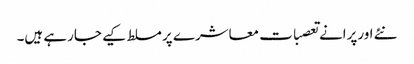
نئے اورپرانے تعصبات معاشرے پر مسلط کیے جارہے ہیں۔